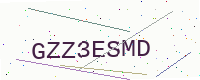
Text: GZZ3ESMD